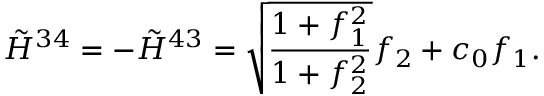
\tilde { { \cal H } } ^ { 3 4 } = - \tilde { { \cal H } } ^ { 4 3 } = \sqrt { \frac { 1 + f _ { 1 } ^ { 2 } } { 1 + f _ { 2 } ^ { 2 } } } f _ { 2 } + c _ { 0 } f _ { 1 } . \nonumber